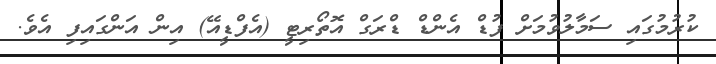
ކުރުމުގައި ސަމާލުވުމަށް ފުޑް އެންޑް ޑްރަގް އޮތޯރިޓީ (އެފްޑީއޭ) އިން އަންގައިފި އެވެ.